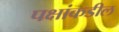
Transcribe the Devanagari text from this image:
पक्षांकडील